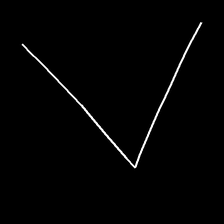
Glyph: region